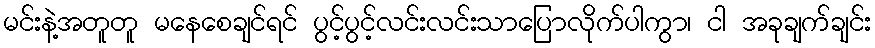
မင်းနဲ့အတူတူ မနေစေချင်ရင် ပွင့်ပွင့်လင်းလင်းသာပြောလိုက်ပါကွာ၊ ငါ အခုချက်ချင်း